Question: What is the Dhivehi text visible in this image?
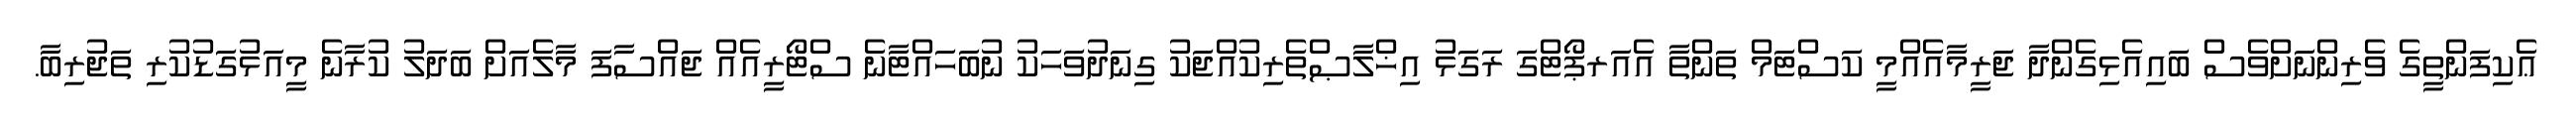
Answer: ޢެކިފަންތީގެ ވެރިންނަށްވެސް ބައިއެޅިގެންދާ ޖަރީމާއެއްމީ ކަސްޓަމް ތަންތާ އެއަރޕޯޓްގަ ރަގަޅު އިޚްލާޞްތެރިކުއްޖަކު ގިނަދުވަހަކު ނުބަހައްޓާނެ ސްޓޯރީއެއް ޖައްސާފަ މާލެއަށް ބަދަލު ކުރާނެ މީއަޅުގަޑުކުރި ތަޖުރިބާ.